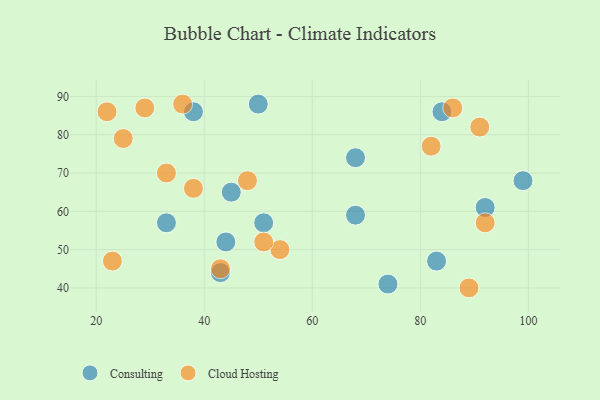
{"axis": {"x": "GDP", "y": "Life Expectancy"}, "legend": ["Cloud Hosting", "Consulting"], "data": [{"x": "43", "y": 44, "type": "Consulting"}, {"x": "68", "y": 59, "type": "Consulting"}, {"x": "99", "y": 68, "type": "Consulting"}, {"x": "74", "y": 41, "type": "Consulting"}, {"x": "68", "y": 74, "type": "Consulting"}, {"x": "45", "y": 65, "type": "Consulting"}, {"x": "33", "y": 57, "type": "Consulting"}, {"x": "50", "y": 88, "type": "Consulting"}, {"x": "51", "y": 57, "type": "Consulting"}, {"x": "84", "y": 86, "type": "Consulting"}, {"x": "83", "y": 47, "type": "Consulting"}, {"x": "92", "y": 61, "type": "Consulting"}, {"x": "38", "y": 86, "type": "Consulting"}, {"x": "44", "y": 52, "type": "Consulting"}, {"x": "33", "y": 70, "type": "Cloud Hosting"}, {"x": "36", "y": 88, "type": "Cloud Hosting"}, {"x": "38", "y": 66, "type": "Cloud Hosting"}, {"x": "43", "y": 45, "type": "Cloud Hosting"}, {"x": "25", "y": 79, "type": "Cloud Hosting"}, {"x": "82", "y": 77, "type": "Cloud Hosting"}, {"x": "54", "y": 50, "type": "Cloud Hosting"}, {"x": "29", "y": 87, "type": "Cloud Hosting"}, {"x": "89", "y": 40, "type": "Cloud Hosting"}, {"x": "48", "y": 68, "type": "Cloud Hosting"}, {"x": "51", "y": 52, "type": "Cloud Hosting"}, {"x": "86", "y": 87, "type": "Cloud Hosting"}, {"x": "23", "y": 47, "type": "Cloud Hosting"}, {"x": "92", "y": 57, "type": "Cloud Hosting"}, {"x": "91", "y": 82, "type": "Cloud Hosting"}, {"x": "22", "y": 86, "type": "Cloud Hosting"}]}